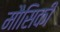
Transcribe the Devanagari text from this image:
मौसिकी